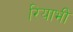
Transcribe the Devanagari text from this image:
रियाभी